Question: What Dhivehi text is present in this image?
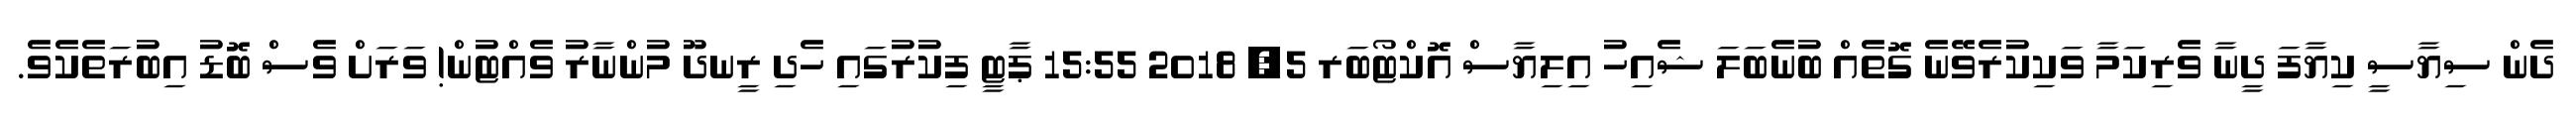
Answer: ދެން ސިޔާސީ ކިޔާފަ ދީނާ ވެރިކަމާ ވަކިކުރެވޭނެ ގޮތެއް ބުނެބަލަ ޝެއިހު އިލިޔާސް އޮކްޓޯބަރ 5, 2018 15:55 ޕާޓީ ފިކުރުގައި ހެދި ރީނދޫ މުންނާރު ވެއްޓުން! ވަރަށް ވެސް ބޮޑު އިބުރަތެކެވެ.